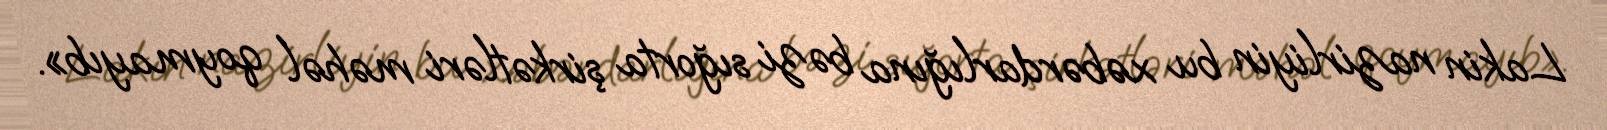
Lakin nazirliyin bu xəbərdarlığına bəzi sığorta şirkətləri məhəl qoymayıb».